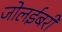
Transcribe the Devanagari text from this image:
जोलईबरी